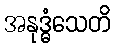
အနုဒ္ဓံသေတိ